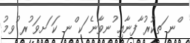
ްނ ަތކުރު ާފނާއި ުނވާނެ ަކ ްނ ކަ ަށވަ ުރ ުވމު